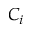
C _ { i }